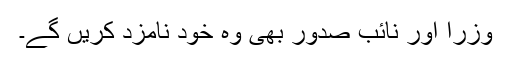
وزرا اور نائب صدور بھی وہ خود نامزد کریں گے۔